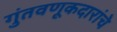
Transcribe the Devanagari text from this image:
गुंतवणूकदारांचे